Report on sanitation, dispensaries, and jails in Rajputana for 1917, and on vaccination for the year 1917-1918 - 1917-1918
Year: 1917
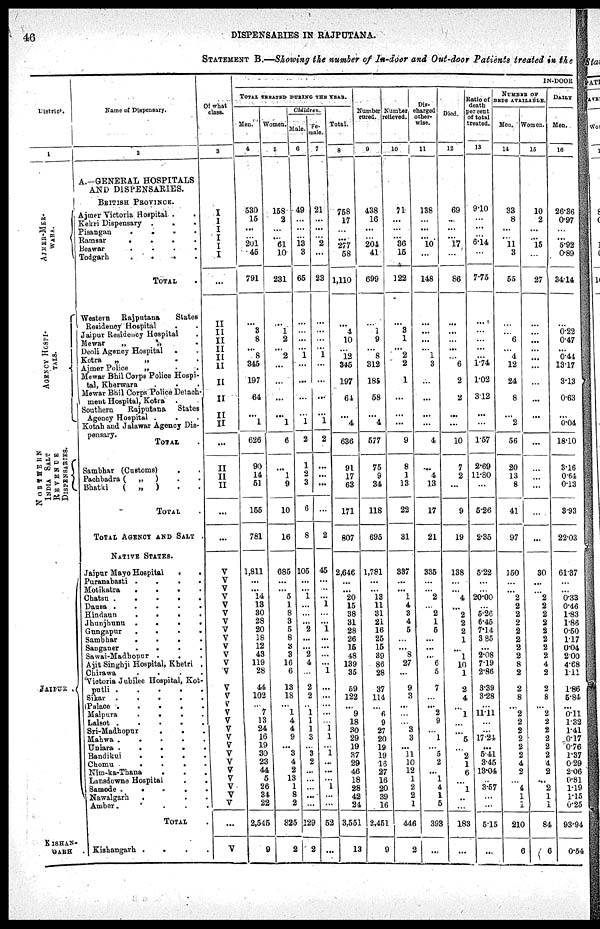
46
DISPENSARIES IN RAJPUTANA.
STATEMENT B.—Showing the number of In-door and Out-door Patients treated in the
District.
1
AJMER- MER¬
WARA.
AGENCY HOSPI-
----.
NORTHERN
INDIA SALT
REVENUE
DISPENSARIES.
JAIPUR .
KISHAN¬
GARH .
Name of Dispensary.
2
A.—GENERAL HOSPITALS
AND DISPENSARIES.
BRITISH PROVINCE.
Ajmer Victoria Hospital . .
Kekri Dispensary . . .
Pisangan . . . .
Ramsar . . . .
Beawar . .
.
.
Todgarh . . . .
TOTAL .
Western
Rajputana
States
Residency Hospital
. .
Jaipur Residency Hospital .
Mewar
„
„ .
Deoli Agency Hospital . .
Kotra „ „ . .
Ajmer Police
„
. .
Mewar Bhil Corps Police Hospi-
tal, Kherwara . . .
Mewar Bhil Corps Police Detach-
ment Hospital, Kotra
Southern
Rajputana
States
Agency Hospital . . .
Kotah and Jalawar Agency Dis-
pensary.
TOTAL .
Sambhar (Customs)
.
.
Pachbadra ( „ ) . .
Bhatki
( „ ) . .
TOTAL .
TOTAL AGENCY AND SALT .
NATIVE STATES.
Jaipur Mayo Hospital
.
.
Puranabasti
. . . .
Motikatra
.
.
. .
Chatsu
.
.
.
.
Dausa
.
.
.
.
.
Hindaun
.
.
.
.
Jhunjhunu
.
.
.
Gungapur
.
.
.
.
Sambhar
. . . .
Sanganer
. . . .
Sawai-Madhopur .
Ajit Singhji Hospital, Khetri .
Chirawa
.
. .
.
Victoria Jubilee Hospital, Kot¬
putli . . . . .
Sikar
.
.
.
.
.
Palace .
.
.
.
.
Malpura
.
. .
Lalsot . . . . .
Sri-Madhopur
.
. .
Mahwa .
.
.
. .
Uniara
.
.
. .
Bandikui
.
.
. . .
Chomu
.
.
. .
Nim-ka-Thana . . .
Lanadowne Hospital . .
Samode
.
.
. .
Nawalgarh . . .
Amber. . . .
TOTAL .
Kishangarh . . . .
Of what
class.
3
I
I
I
I
I
I
...
II
II
II
II
II
II
II
II
II
II
...
II
II
II
...
...
V
V
V
V
V
V
V
V
V
V
V
V
V
V
V
V
V
V
V V
V
V
V
V
V
V
V
V
...
V
IN-DOOR
TOTAL TREATED DURING THE YEAR.
Men.
4
530
15
...
...
201
45
791
...
3
8
... 8
345
197
64
...
1
626
90
14
51
155
781
1,811
...
...
14
13
30
28
20
18
12
43
119
28
44
102
...
7
13
24
16
19
30
23
44
5
26
34
22
2,545
9
Women.
5
158
2
...
...
61
10
231
...
1
2
...
2
...
...
...
...
1
6
...
1
9
10
16
685
...
...
5
1
8
3
5
8
3
3
16
6
13
18
...
1
4
4
9
... 3
4
2
13
1
8
2
825
2
Children.
Male.
6
49
...
...
...
13
3
65
...
...
...
...
1
...
...
...
...
1
2
1
2
3
6
8
105
...
...
1
...
...
...
2
...
...
2
4
...
2
2
...
1
1
1
3
...
3
2
...
...
...
...
...
129
2
Fe¬
male.
7
21
...
...
...
2
...
23
...
...
...
... 1
...
...
...
...
1
2
...
...
...
...
2
45
...
...
...
1
...
...
1
...
...
...
...
1
...
...
...
...
...
1
1
...
1
...
...
...
1
...
...
52
...
Total.
8
758
17
...
...
277
58
1,110
...
4
10
... 12
345
197
64
...
4
636
91
17
63
171
807
2,646
...
...
20
15
38
31
28
26
15
48
139
35
59
122
...
9
18
30
29
19
37
29
46
18
28
42
24
3,551
13
Number
cured.
9
438
16
...
...
204
41
699
...
1
9
... 8
312
185
58
...
4
577
75
9
34
118
695
1,781
...
...
13
11
31
21
16
25
15
39
86
28
37
114
...
6
9
27
20
19
19
16
27
16
20
39
16
2,451
9
Number
relieved.
10
71
...
...
...
36
15
122
...
3
1
...
2
2
1
...
...
...
9
8
1
13
22
31
337
...
...
1
4
3
4
5
...
...
8
27
...
9
3
...
...
...
3
3
...
11
10
12
1
2
2
1
446
2
Dis¬
charged
other¬
wise.
11
138
...
...
...
10
...
148
...
...
...
... 1
3
...
...
...
...
4
...
4
13
17
21
335
...
...
2
...
2
1
5
...
...
...
6
5
7
...
... 2
9
...
1
...
5
2
...
1
4
1
5
393
...
Died.
12
69
...
...
...
17
...
86
...
...
...
...
...
6
2
2
...
...
10
7
2
...
9
19
138
...
...
4
...
2
2
2
1
...
1
10
1
2
4
...
1
...
...
5
...
2
1
6
...
1
...
...
183
...
Ratio of
death
per cent
of total
treated.
13
9.10
...
...
...
6.14
...
7.75
...
...
...
...
...
1.74
1.02
3.12
...
...
1.57
2.69
11.80
...
5.26
2.35
5.22
...
...
20.00
...
5.26
6.45
7.14
3.85
...
2.08
7.19
2.86
3.39
3.28
...
11.11
...
...
17.24
...
5.41
3.45
13.04
...
3.57
...
...
5.15
...
NUMBER OF
BEDS AVAILABLE.
Men.
14
33
8
...
...
11
3
55
...
...
6
... 4
12
24
8
...
2
56
20
13
8
41
97
150
...
...
2
2
2
2
2
2
2
2
8
2
2
8
...
2
2
2
2
2
2
4
2
...
4
1
1
210
6
Women.
15
10
2
...
...
15
...
27
...
...
...
...
...
...
...
...
...
...
...
...
...
...
30
...
...
2
2
2
2
2
2
2
2
4
2
2
8
...
2
2
2
2
2
2
4
2
...
2
1
1
84
6
DAILY
Men.
16
26.36
0.97
...
...
5.92
0.89
34.14
...
0.22
0.47
... 0.44
13.17
3.13
0.63
...
0.04
18.10
3.16
0.64
0.13
3.93
22.03
61.37
...
...
0.33
0.46
1.83
1.86
0.50
1.17
0.04
2.00
4.68
1.11
1.86
5.84
...
0.11 1.32
1.41
0.17
0.76
1.37
0.29
2.06
0.81
1.19
1.15
0.25
93.94
0.54